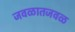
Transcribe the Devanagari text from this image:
जवळातजवळ